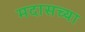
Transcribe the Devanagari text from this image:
मदासच्या